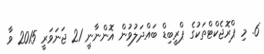
6. މި ޕްރޮޖެކްޓްތަކުގެ ޕްރީބިޑް ބައްދަލުވުން އޮންނާނީ 21 ޖަނަވަރީ 2015 ވާ